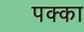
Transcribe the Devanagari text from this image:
पक्‍का